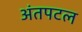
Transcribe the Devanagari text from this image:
अंतपटल